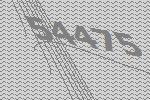
54475